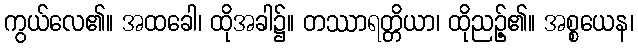
ကွယ်လေ၏။ အထခေါ၊ ထိုအခါ၌။ တဿာရတ္တိယာ၊ ထိုညဉ့်၏။ အစ္စယေန၊